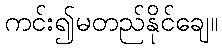
ကင်း၍မတည်နိုင်ချေ။